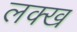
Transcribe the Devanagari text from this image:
लक्ख